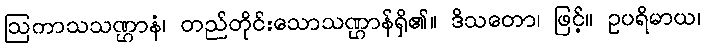
ဩကာသသဏ္ဌာနံ၊ တည်တိုင်းသောသဏ္ဌာန်ရှိ၏။ ဒိသတော၊ ဖြင့်။ ဥပရိမာယ၊